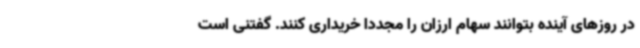
در روزهای آینده بتوانند سهام ارزان را مجددا خریداری کنند. گفتنی است